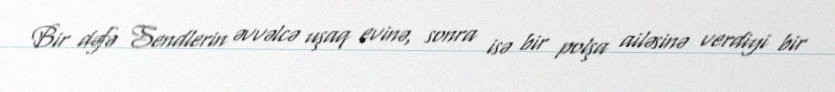
Bir dəfə Sendlerin əvvəlcə uşaq evinə, sonra isə bir polşa ailəsinə verdiyi bir